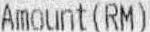
AMOUNT(RM)